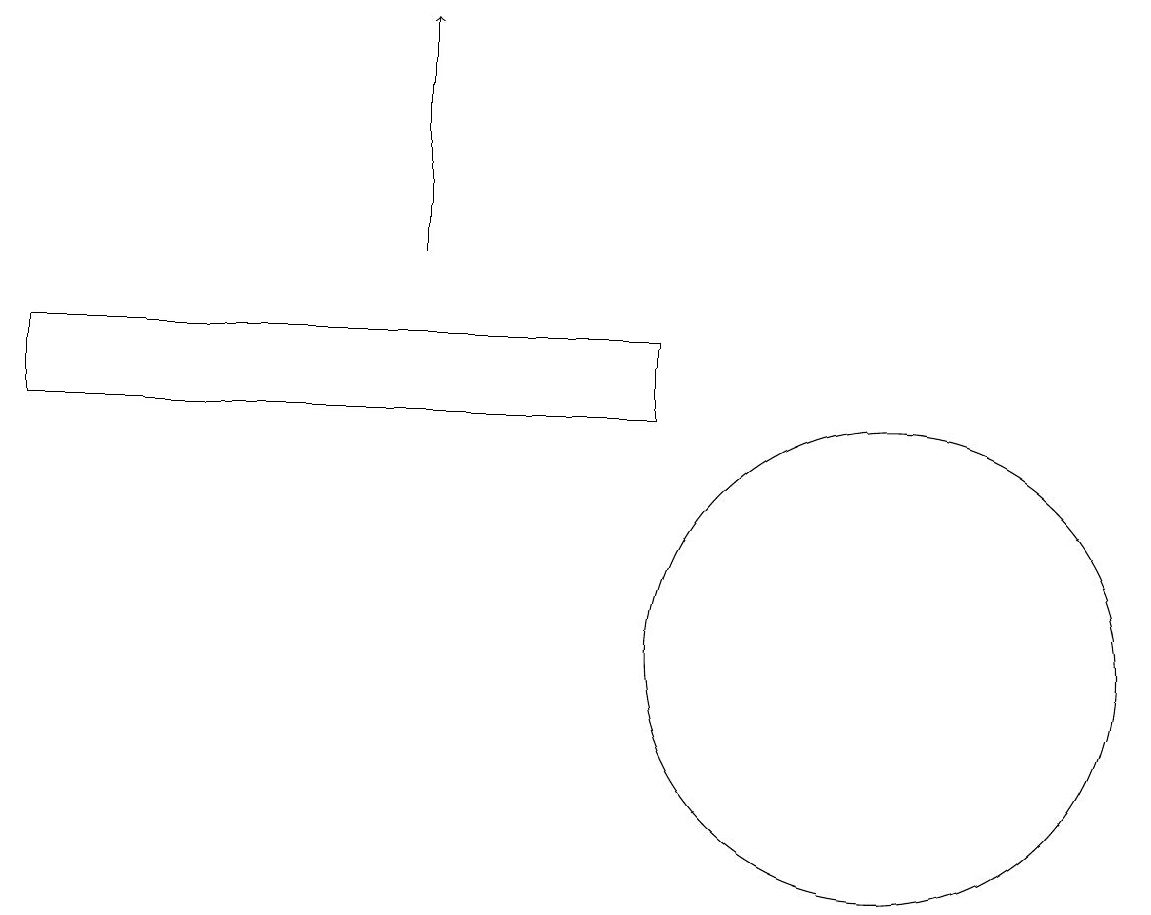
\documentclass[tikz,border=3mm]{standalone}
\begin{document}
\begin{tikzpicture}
\draw (9,14) rectangle (1,15);
\draw (12,11) circle (3);
\draw[->] (6,16) -- (6,19);
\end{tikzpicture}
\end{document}